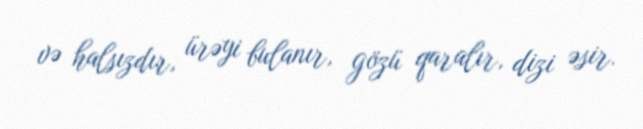
və halsızdır, ürəyi bulanır, gözü qaralır, dizi əsir.